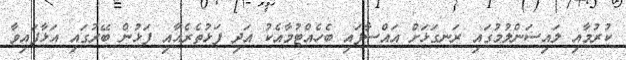
ކުރުމާއި ލައިސަންލުމުގައި ރަނގަޅަށް އައްސާފައި ބެހެއްޓުމާއެކު އަދި ފަޅުތެރެއާއި ފަޅުން ބޭރުގައި އަޅާފައިވާ